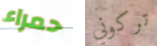
حمراء تركوني